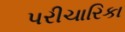
પરીચારિકા